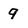
Character: 9